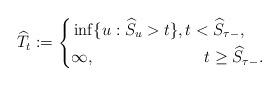
LaTeX: \begin{align*}\widehat{T}_t:=\left\lbrace\begin{aligned}&\inf\{u: \widehat{S}_u>t\},t<\widehat{S}_{\tau-},\\&\infty,\qquad\qquad\qquad\;\;\, t\geq \widehat{S}_{\tau-}. \end{aligned}\right.\end{align*}